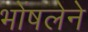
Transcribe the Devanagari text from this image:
भोंषलेने